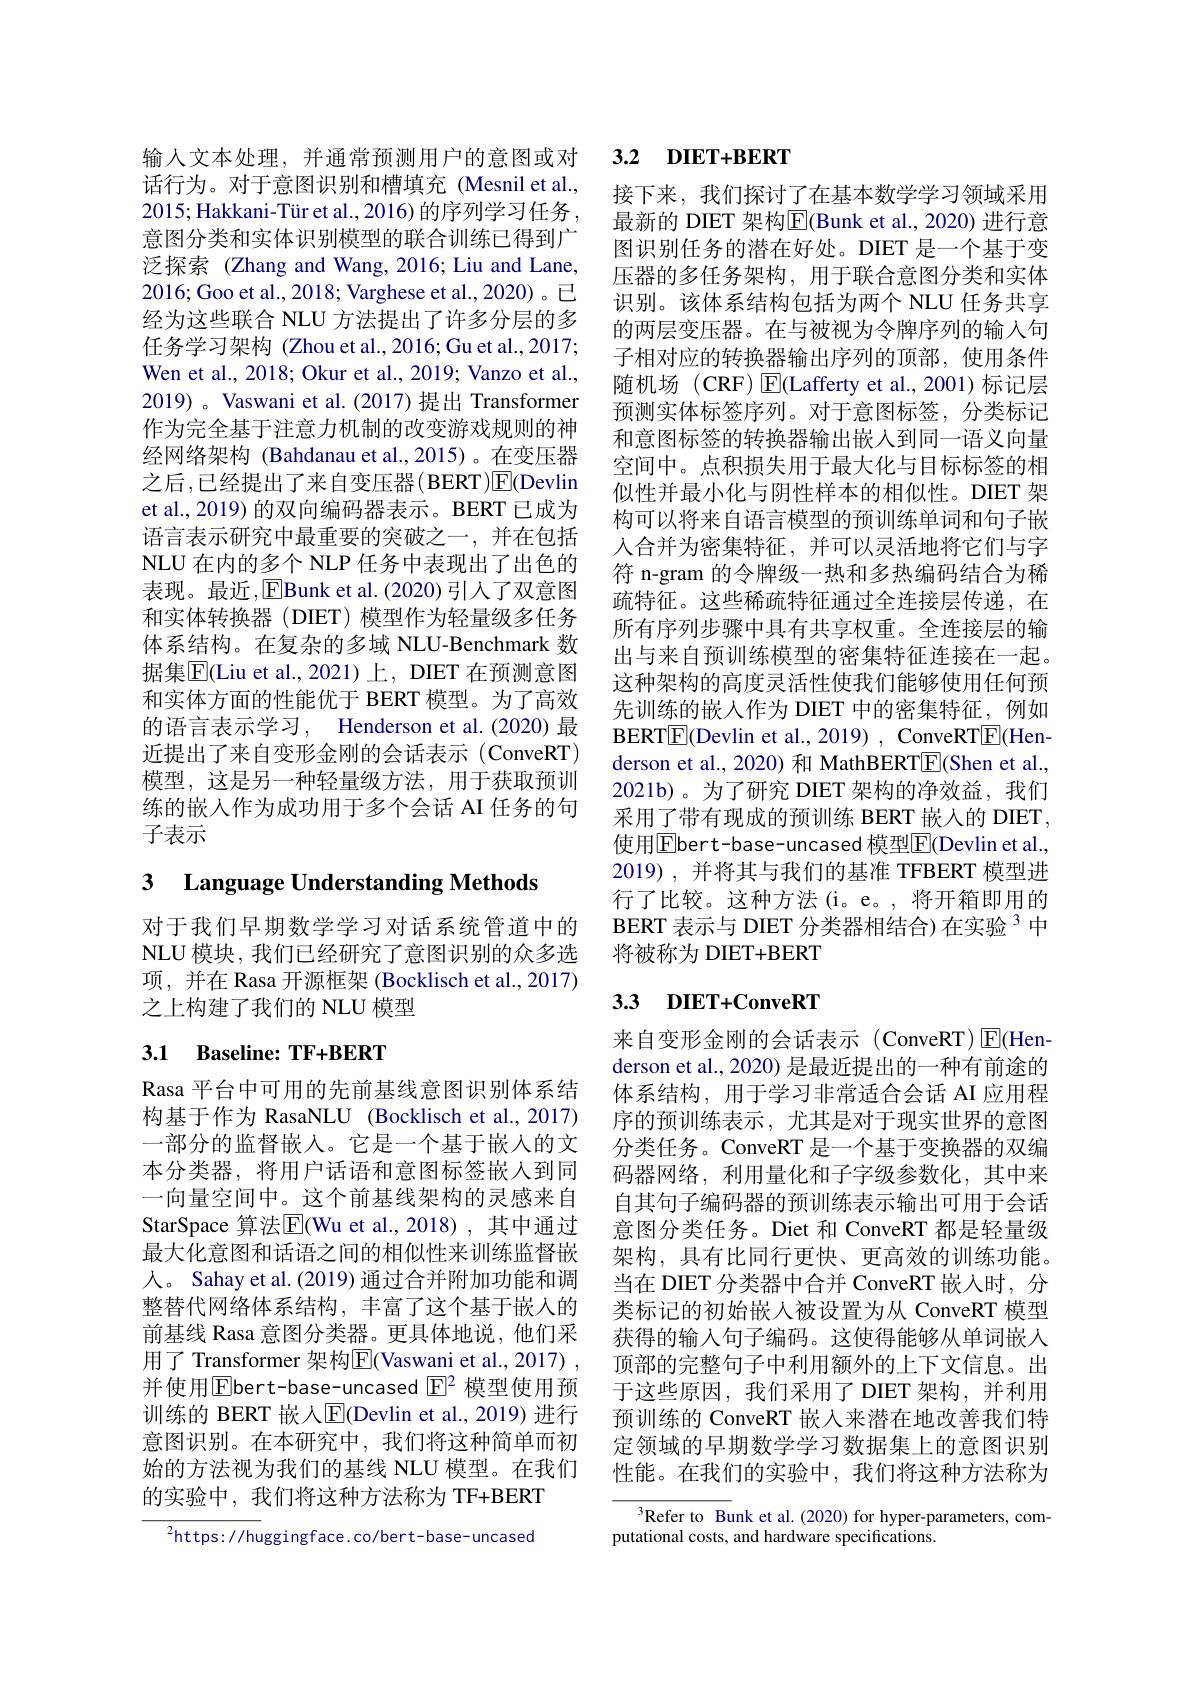
输入文本处理，并通常预测用户的意图或对话行为。对于意图识别和槽填充(Mesnil et al., 2015; Hakkani-Tür et al., 2016) 的序列学习任务， 意图分类和实体识别模型的联合训练已得到广泛探索(Zhang and Wang, 2016; Liu and Lane, 2016;Goo et al., 2018; Varghese et al., 2020)。已经为这些联合 NLU 方法提出了许多分层的多任务学习架构 (Zhou et al.,2016; Gu et al., 2017; Wen et al., 2018; Okur et al., 2019; Vanzo et al., 2019) 。Vaswani et al.(2017) 提出 Transformer 作为完全基于注意力机制的改变游戏规则的神经网络架构 (Bahdanau et al.,2015)。在变压器之后 ,已经提出了来自变压器(BERT)$\boxed{\mathrm{F}}($Devlin et al., 2019) 的双向编码器表示。BERT 已成为语言表示研究中最重要的突破之一，并在包括NLU 在内的多个 NLP 任务中表现出了出色的表现。最近，[E]Bunk et al.(2020)引入了双意图和实体转换器 (DIET) 模型作为轻量级多任务体系结构。在复杂的多域 NLU-Benchmark 数据集$\overline{\mathrm{E}}($Liu et al.,2021)上，DIET 在预测意图和实体方面的性能优于 BERT 模型。为了高效的语言表示学习，Henderson et al.(2020) 最近提出了来自变形金刚的会话表示(ConveRT) 模型，这是另一种轻量级方法，用于获取预训练的嵌入作为成功用于多个会话 AI 任务的句子表示

3 Language Understanding Methods

对于我们早期数学学习对话系统管道中的NLU 模块，我们已经研究了意图识别的众多选项，并在 Rasa 开源框架 (Bocklisch et al., 2017) 之上构建了我们的 NLU 模型

# 3.1 Baseline: TF+BERT

Rasa 平台中可用的先前基线意图识别体系结构基于作为 RasaNLU (Bocklisch et al., 2017) 一部分的监督嵌入。它是一个基于嵌人的文本分类器，将用户话语和意图标签嵌入到同一向量空间中。这个前基线架构的灵感来自StarSpace 算法$\overline{\mathrm{E}}($Wu et al.,2018),其中通过最大化意图和话语之间的相似性来训练监督嵌人。Sahay et al. (2019) 通过合并附加功能和调整替代网络体系结构，丰富了这个基于嵌入的前基线 Rasa 意图分类器。更具体地说，他们采用了 Transformer 架构$\overline{\mathrm{E}}($Vaswani et al.,2017) , 并使用$\overline{\mathrm{E}}$bert-base-uncased $\overline{\mathrm{E}}^2$ 模型使用预训练的 BERT 嵌人$\boxed{\mathrm{F}}$(Devlin et al., 2019) 进行意图识别。在本研究中，我们将这种简单而初始的方法视为我们的基线 NLU 模型。在我们的实验中，我们将这种方法称为 TF+BERT

$^{2}$https://huggingface.co/bert-base-uncased

## 3.2 DIET+BERT

接下来，我们探讨了在基本数学学习领域采用最新的 DIET 架构$\overline{\mathrm{F}}$(Bunk et al., 2020) 进行意图识别任务的潜在好处。DIET 是一个基于变压器的多任务架构，用于联合意图分类和实体识别。该体系结构包括为两个 NLU 任务共享的两层变压器。在与被视为令牌序列的输入句子相对应的转换器输出序列的顶部，使用条件随机场 (CRF) $\operatorname{E}$(Lafferty et al.,2001)标记层预测实体标签序列。对于意图标签，分类标记和意图标签的转换器输出嵌入到同一语义向量空间中。点积损失用于最大化与目标标签的相似性并最小化与阴性样本的相似性。DIET 架构可以将来自语言模型的预训练单词和句子嵌人合并为密集特征，并可以灵活地将它们与字符 n-gram 的令牌级一热和多热编码结合为稀疏特征。这些稀疏特征通过全连接层传递，在所有序列步骤中具有共享权重。全连接层的输出与来自预训练模型的密集特征连接在一起。这种架构的高度灵活性使我们能够使用任何预先训练的嵌人作为 DIET 中的密集特征，例如BERT$\boxed{\mathrm{F}}($Devlin et al., 2019) , ConveRT$\boxed{\mathrm{F}}($Henderson et al., 2020) 和 MathBERT$\boxed{\mathrm{E}}($Shen et al. 2021b)。为了研究 DIET 架构的净效益，我们采用了带有现成的预训练 BERT 嵌人的 DIET, 使用$\overline{\mathrm{E}}$bert-base-uncased 模型$\overline{\mathrm{E}}($Devlin et al., 2019),并将其与我们的基准 TFBERT 模型进行了比较。这种方法(i。e。,将开箱即用的BERT 表示与 DIET 分类器相结合) 在实验$^{3}$中将被称为 DIET+BERT

# 3.3 DIET+ConveRT

来自变形金刚的会话表示(ConveRT)$\boxed{\mathrm{E}}($Henderson et al., 2020) 是最近提出的一种有前途的体系结构，用于学习非常适合会话 AI 应用程序的预训练表示，尤其是对于现实世界的意图分类任务。ConveRT 是一个基于变换器的双编码器网络，利用量化和子字级参数化，其中来自其句子编码器的预训练表示输出可用于会话意图分类任务。Diet 和 ConveRT 都是轻量级架构，具有比同行更快、更高效的训练功能。当在 DIET 分类器中合并 ConveRT 嵌入时，分类标记的初始嵌人被设置为从 ConveRT 模型获得的输入句子编码。这使得能够从单词嵌人顶部的完整句子中利用额外的上下文信息。出于这些原因，我们采用了 DIET 架构，并利用预训练的 ConveRT 嵌入来潜在地改善我们特定领域的早期数学学习数据集上的意图识别性能。在我们的实验中，我们将这种方法称为

$^3$Refer to Bunk et al.(2020) for hyper-parameters, com-
putational costs, and hardware specifications.